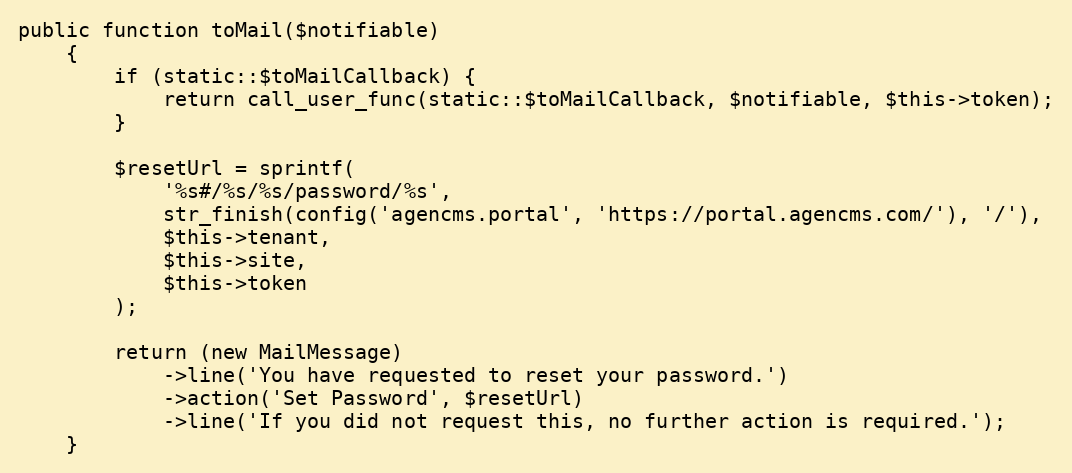
Language: PHP
public function toMail($notifiable)
    {
        if (static::$toMailCallback) {
            return call_user_func(static::$toMailCallback, $notifiable, $this->token);
        }

        $resetUrl = sprintf(
            '%s#/%s/%s/password/%s',
            str_finish(config('agencms.portal', 'https://portal.agencms.com/'), '/'),
            $this->tenant,
            $this->site,
            $this->token
        );

        return (new MailMessage)
            ->line('You have requested to reset your password.')
            ->action('Set Password', $resetUrl)
            ->line('If you did not request this, no further action is required.');
    }